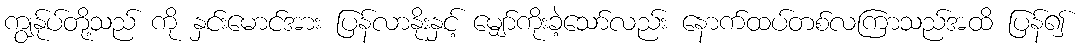
ကျွန်ုပ်တို့သည် ကို နှင်းမောင်အား ပြန်လာနိုးနှင့် မျှော်ကိုးခဲ့သော်လည်း နောက်ထပ်တစ်လကြာသည်အထိ ပြန်၍